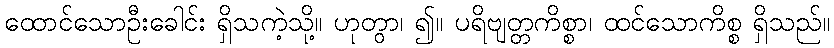
ထောင်သောဦးခေါင်း ရှိသကဲ့သို့။ ဟုတွာ၊ ၍။ ပရိဗျတ္တကိစ္စာ၊ ထင်သောကိစ္စ ရှိသည်။